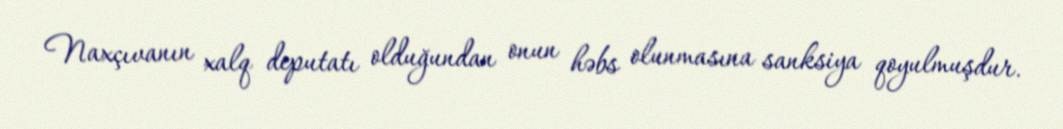
Naxçıvanın xalq deputatı olduğundan onun həbs olunmasına sanksiya qoyulmuşdur.